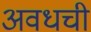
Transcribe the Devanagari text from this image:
अवधची